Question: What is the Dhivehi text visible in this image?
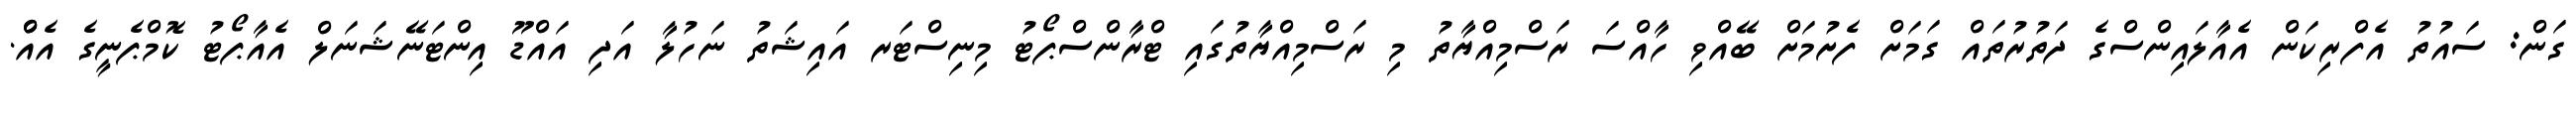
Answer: ގަން: ސައުތު އެފްރިކަން އެއާލައިންސްގެ ދަތުރުތައް ގަމަށް ފެށުމަށް ބޭއްވި ހާއްސަ ރަސްމިއްޔާތު މި ރަސްމިއްޔާތުގައި ޓްރާންސްޕޯޓު މިނިސްޓަރ އައިޝަތު ނަހުލާ އަދި އައްޑޫ އިންޓަނޭޝަނަލް އެއާޕޯޓު ކޮމްޕެނީގެ އެއްް.